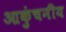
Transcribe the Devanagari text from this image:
आकुंचनीय